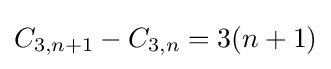
C_{3,n+1}-C_{3,n}=3(n+1)